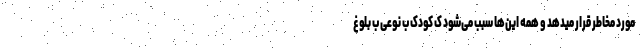
مورد مخاطر قرار میدهد و همه این‌ها سبب می‌شود ک کودک ب نوعی ب بلوغ